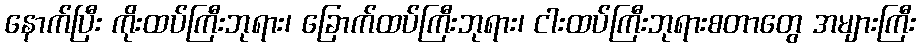
နောက်ပြီး ကိုးထပ်ကြီးဘုရား၊ ခြောက်ထပ်ကြီးဘုရား၊ ငါးထပ်ကြီးဘုရားစတာတွေ အများကြီး